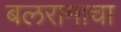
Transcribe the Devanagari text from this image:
बलरामाचा